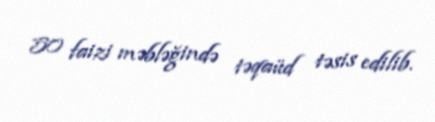
50 faizi məbləğində təqaüd təsis edilib.